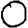
Digit: 0